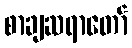
စာချဆရာတော်